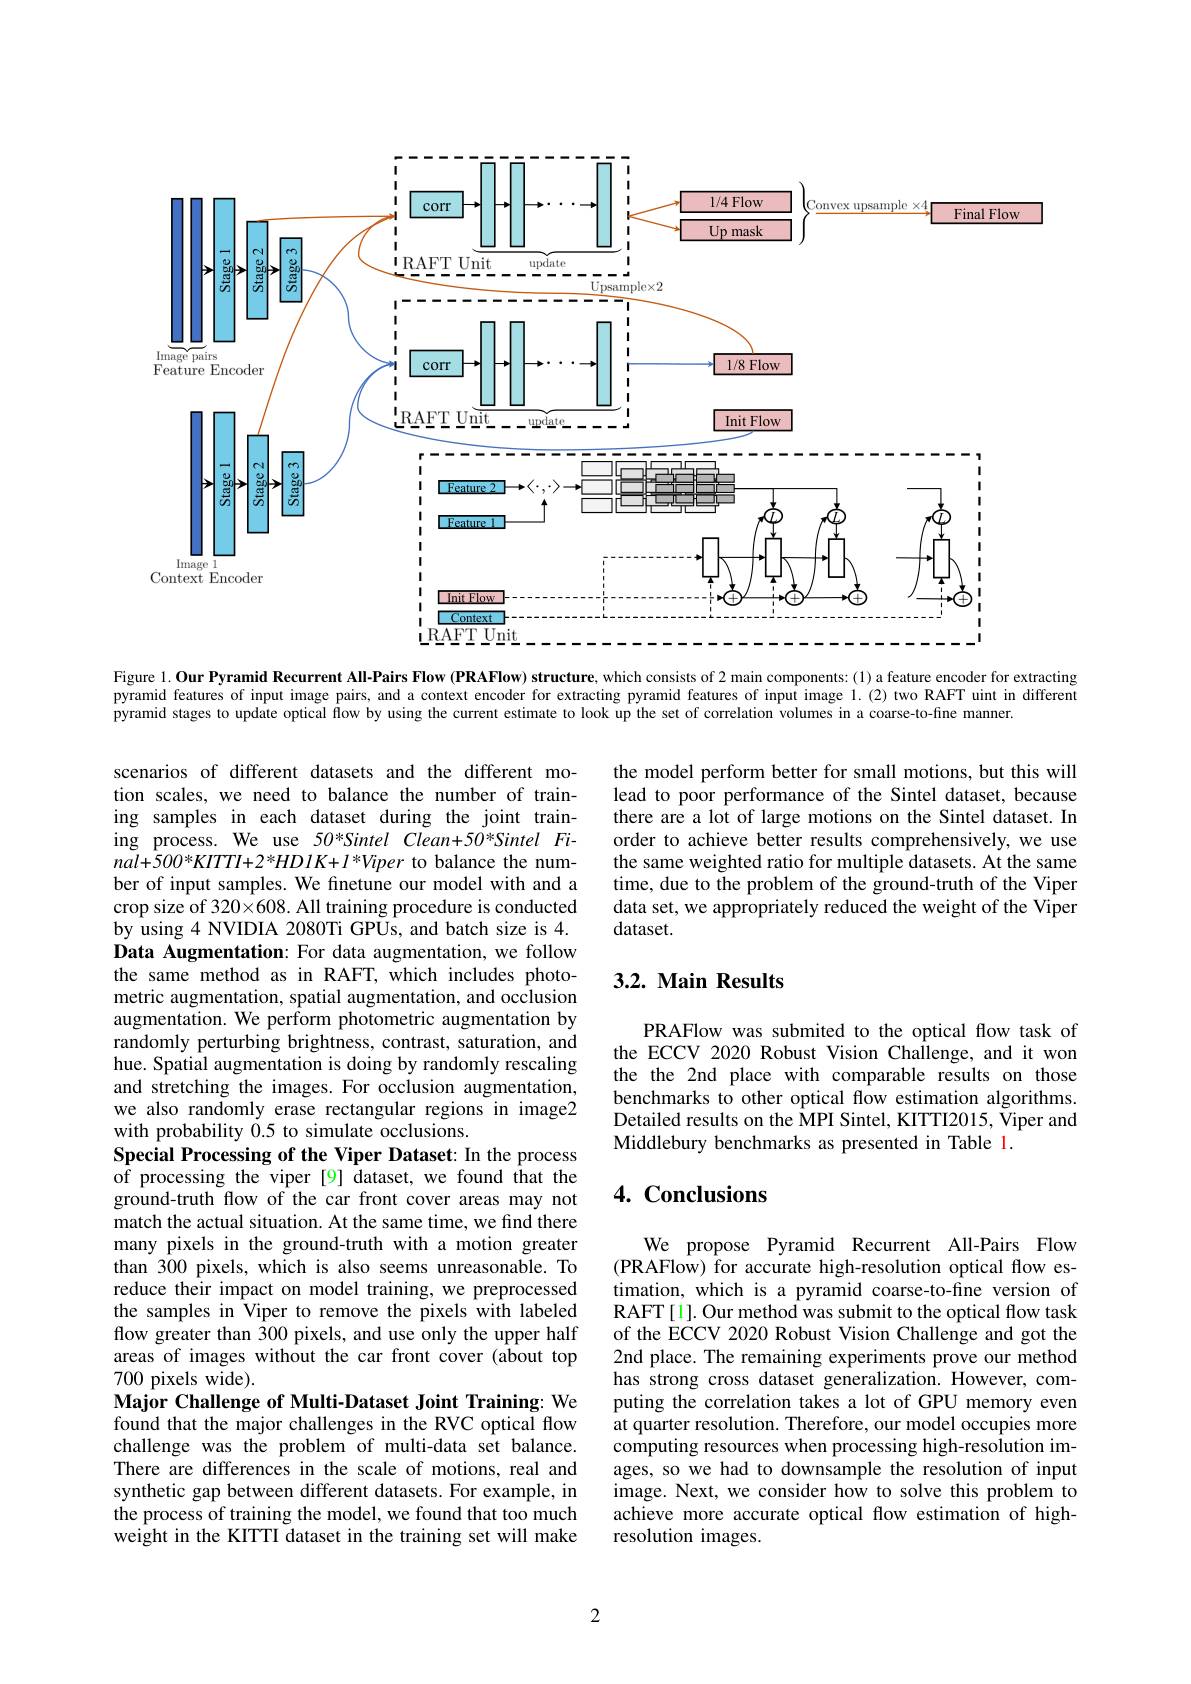
<FigureHere>
Figure 1. Our Pyramid Recurrent All-Pairs Flow (PRAFlow) structure, which consists of 2 main components: (1) a feature encoder for extracting

pyramid features of input image pairs, and a context encoder for extracting pyramid features of input image 1.(2) two RAFT uint in different
pyramid stages to update optical flow by using the current estimate to look up the set of correlation volumes in a coarse-to-fine manner.

the model perform better for small motions, but this will lead to poor performance of the Sintel dataset, because there are a lot of large motions on the Sintel dataset. In order to achieve better results comprehensively, we use the same weighted ratio for multiple datasets. At the same time, due to the problem of the ground-truth of the Viper data set, we appropriately reduced the weight of the Viper dataset.

# 3.2. Main Results

PRAFlow was submited to the optical flow task of the ECCV 2020 Robust Vision Challenge, and it won the the 2nd place with comparable results on those benchmarks to other optical flow estimation algorithms. Detailed results on the MPI Sintel, KITTI2015, Viper and Middlebury benchmarks as presented in Table 1.

scenarios of different datasets and the different motion scales, we need to balance the number of training samples in each dataset during the joint training process. We use 50*Sintel Clean+50*Sintel Fi- $nal+500*KITTI+2^{*}HD1K+I^{*}Viper$ to balance the number of input samples. We finetune our model with and a crop size of 320×608. All training procedure is conducted by using 4 NVIDIA 2080Ti GPUs, and batch size is 4. Data Augmentation: For data augmentation, we follow the same method as in RAFT, which includes photometric augmentation, spatial augmentation, and occlusion augmentation. We perform photometric augmentation by randomly perturbing brightness, contrast, saturation, and hue. Spatial augmentation is doing by randomly rescaling and stretching the images. For occlusion augmentation, we also randomly erase rectangular regions in image2 with probability 0.5 to simulate occlusions.
Special Processing of the Viper Dataset: In the process of processing the viper[9] dataset, we found that the ground-truth flow of the car front cover areas may not match the actual situation. At the same time, we find there many pixels in the ground-truth with a motion greater than 300 pixels, which is also seems unreasonable. To reduce their impact on model training, we preprocessed the samples in Viper to remove the pixels with labeled flow greater than 300 pixels, and use only the upper half areas of images without the car front cover (about top 700 pixels wide).
Major Challenge of Multi-Dataset Joint Training: We found that the major challenges in the RVC optical flow challenge was the problem of multi-data set balance. There are differences in the scale of motions, real and synthetic gap between different datasets. For example, in the process of training the model, we found that too much weight in the KITTI dataset in the training set will make

# 4. Conclusions

We propose Pyramid Recurrent All-Pairs Flow (PRAFlow) for accurate high-resolution optical flow estimation, which is a pyramid coarse-to-fine version of RAFT[1]. Our method was submit to the optical flow task of the ECCV 2020 Robust Vision Challenge and got the 2nd place. The remaining experiments prove our method has strong cross dataset generalization. However, computing the correlation takes a lot of GPU memory even at quarter resolution. Therefore, our model occupies more computing resources when processing high-resolution images, so we had to downsample the resolution of input image. Next, we consider how to solve this problem to achieve more accurate optical flow estimation of highresolution images.

2